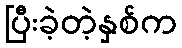
ပြီးခဲ့တဲ့နှစ်က